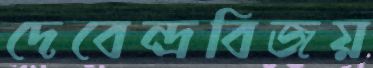
দেবেন্দ্রবিজয়